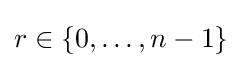
r\in \{0,\ldots ,n-1\}